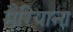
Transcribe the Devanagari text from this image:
मैरियाना